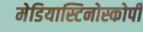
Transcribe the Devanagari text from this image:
मेडियास्टिनोस्कोपी